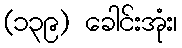
(၁၃၉) ခေါင်းအုံး၊